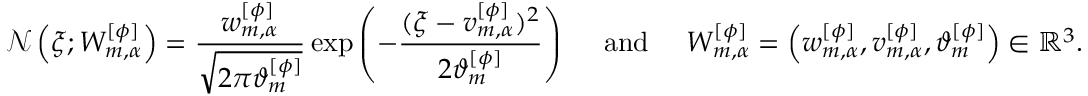
\mathcal { N } \left( \xi ; W _ { m , \alpha } ^ { [ \phi ] } \right) = \frac { w _ { m , \alpha } ^ { [ \phi ] } } { \sqrt { 2 \pi \vartheta _ { m } ^ { [ \phi ] } } } \exp \left( - \frac { ( \xi - v _ { m , \alpha } ^ { [ \phi ] } ) ^ { 2 } } { 2 \vartheta _ { m } ^ { [ \phi ] } } \right) \quad \mathrm { ~ a n d ~ } \quad W _ { m , \alpha } ^ { [ \phi ] } = \left( w _ { m , \alpha } ^ { [ \phi ] } , v _ { m , \alpha } ^ { [ \phi ] } , \vartheta _ { m } ^ { [ \phi ] } \right) \in \mathbb { R } ^ { 3 } .